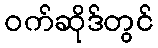
ဝက်ဆိုဒ်တွင်